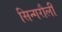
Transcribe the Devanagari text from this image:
सिन्गरौली